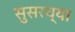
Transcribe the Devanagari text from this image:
सुसरच्या